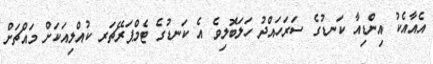
އެއާއެކު އިންޑިއާ ކަނޑުގެ ސަރަހައްދު ހަލަބޮލިވެ އެ ކަނޑުގެ ޓެމްޕަރޭޗަރ ކުއްލިއަކަށް މައްޗަށް